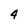
Character: 4